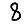
Digit: 8